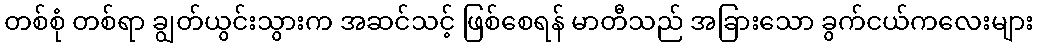
တစ်စုံ တစ်ရာ ချွတ်ယွင်းသွားက အဆင်သင့် ဖြစ်စေရန် မာတီသည် အခြားသော ခွက်ငယ်ကလေးများ